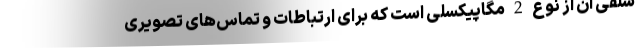
سلفی آن از نوع 2 مگاپیکسلی است که برای ارتباطات و تماس‌های تصویری